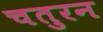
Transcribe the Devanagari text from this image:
चतुरन